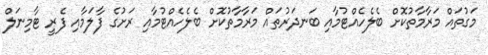
މަގުތައް މަރާމާތުކޮށް ބެލެހެއްޓުމާއި ބަނދަރުތައް މަރާމާތުކޮށް ބެލެހެއްޓުމާއި ރަށުގެ ފާލަމާއި ފެރީ ޓާމިނަލް